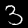
Label: 3